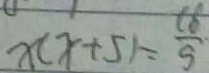
x ( x + 5 ) = \frac { 1 8 } { 9 }